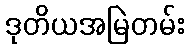
ဒုတိယအမြဲတမ်း